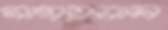
সাগরনাল